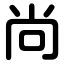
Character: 尚